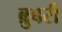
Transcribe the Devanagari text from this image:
ब्रुबरी